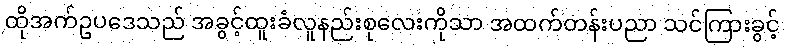
ထိုအက်ဥပဒေသည် အခွင့်ထူးခံလူနည်းစုလေးကိုသာ အထက်တန်းပညာ သင်ကြားခွင့်